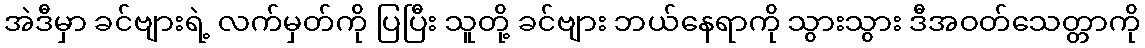
အဲဒီမှာ ခင်ဗျားရဲ့ လက်မှတ်ကို ပြပြီး သူတို့ ခင်ဗျား ဘယ်နေရာကို သွားသွား ဒီအဝတ်သေတ္တာကို